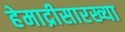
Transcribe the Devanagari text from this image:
हेमाद्रीसारख्या